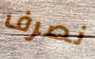
نصرف